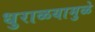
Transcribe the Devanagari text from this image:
धुराळयामुळे